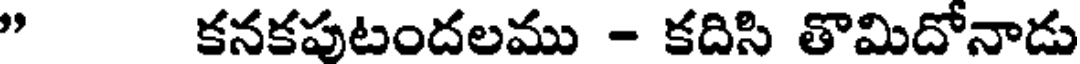
" కనకపుటందలము - కదిసి తొమిదోనాడు